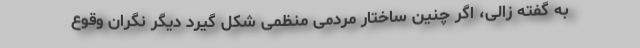
به گفته زالی، اگر چنین ساختار مردمی منظمی شکل گیرد دیگر نگران وقوع